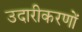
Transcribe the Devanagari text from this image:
उदारीकरणों